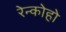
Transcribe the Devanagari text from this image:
रेन्कोहो